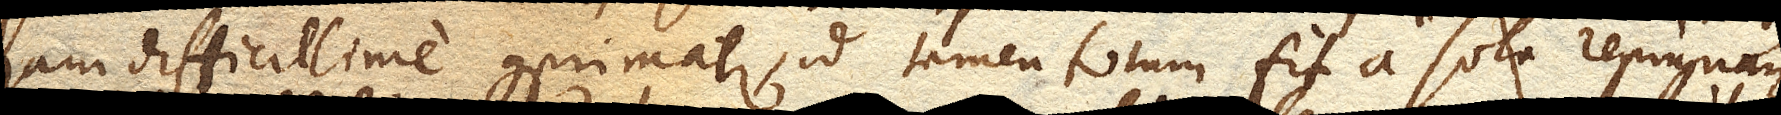
jam difficillime comprimatur, id tamen totum fit a sola repugnan–